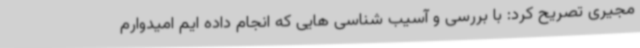
مجیری تصریح کرد: با بررسی و آسیب شناسی هایی که انجام داده ایم امیدوارم